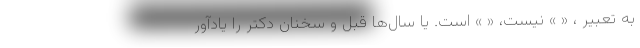
به تعبیر ، « » نیست، « » است. یا سال‌ها قبل و سخنان دکتر را یادآور